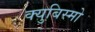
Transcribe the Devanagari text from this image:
क्युबिस्मो